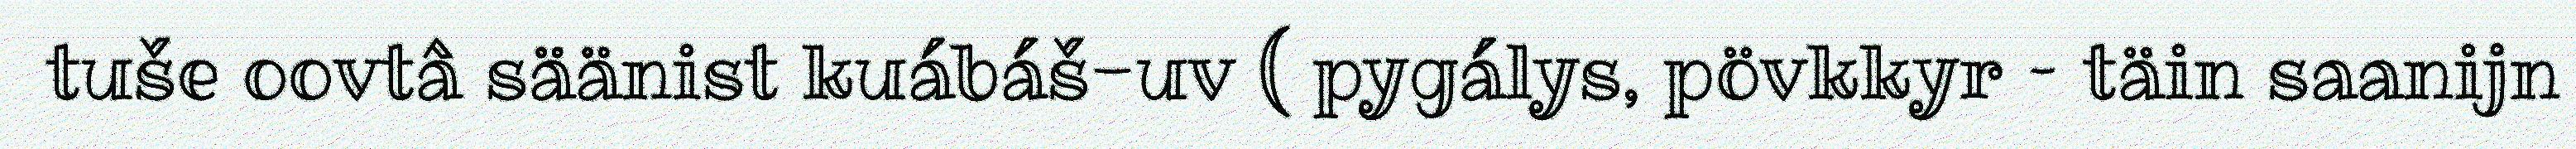
tuše oovtâ säänist kuábáš-uv ( pygálys, pövkkyr – täin saanijn